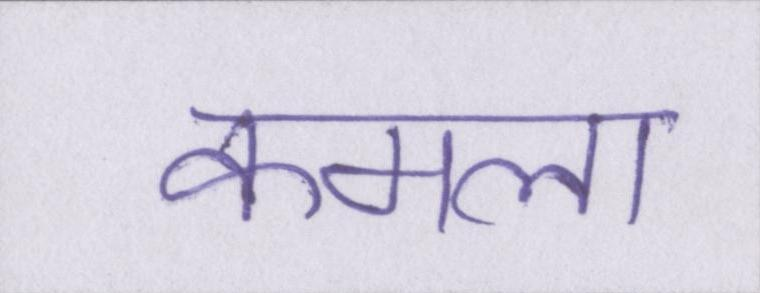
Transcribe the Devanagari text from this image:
कमला